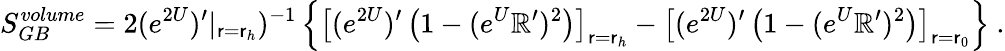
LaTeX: S_{GB}^{volume}=2(e^{2U})^{\prime}|_{\mathsf{r}=\mathsf{r}_{h}})^{-1}\left\{ \left[(e^{2U})^{\prime}\left(1-(e^{U}\mathbb{R}^{\prime})^{2}\right)\right]_{\mathsf{r}=\mathsf{r}_{h}}-\left[(e^{2U})^{\prime}\left(1-(e^{U}\mathbb{R}^{\prime})^{2}\right)\right]_{\mathsf{r}=\mathsf{r}_{0}}\right\} \ .